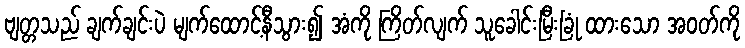
ဗျတ္တသည် ချက်ချင်းပဲ မျက်ထောင့်နီသွား၍ အံကို ကြိတ်လျက် သူခေါင်းမြီးခြုံ ထားသော အဝတ်ကို